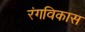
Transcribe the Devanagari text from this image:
रंगविकास